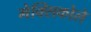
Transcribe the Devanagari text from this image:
मेक्सिकोले